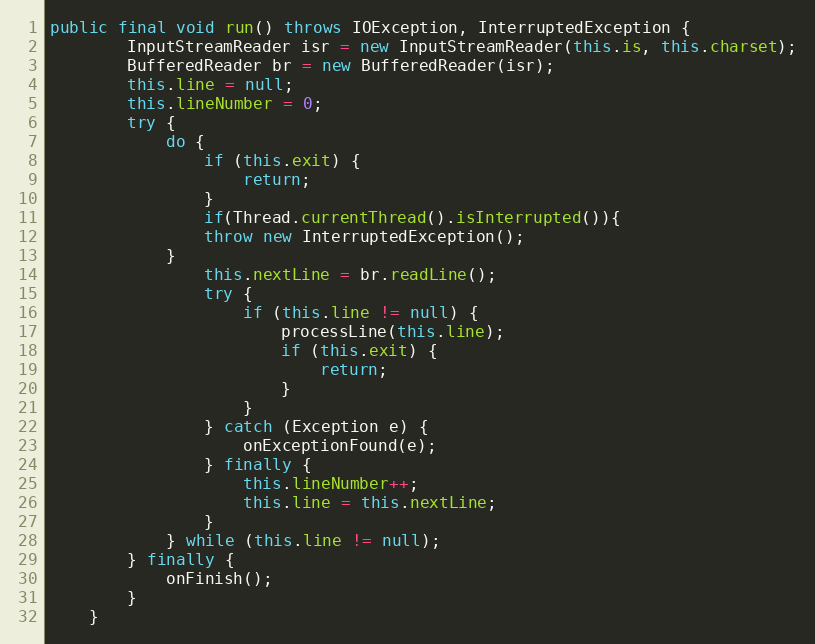
Language: Java
public final void run() throws IOException, InterruptedException {
        InputStreamReader isr = new InputStreamReader(this.is, this.charset);
        BufferedReader br = new BufferedReader(isr);
        this.line = null;
        this.lineNumber = 0;
        try {
            do {
                if (this.exit) {
                    return;
                }
                if(Thread.currentThread().isInterrupted()){
                throw new InterruptedException();
            }
                this.nextLine = br.readLine();
                try {
                    if (this.line != null) {
                        processLine(this.line);
                        if (this.exit) {
                            return;
                        }
                    }
                } catch (Exception e) {
                    onExceptionFound(e);
                } finally {
                    this.lineNumber++;
                    this.line = this.nextLine;
                }
            } while (this.line != null);
        } finally {
            onFinish();
        }
    }